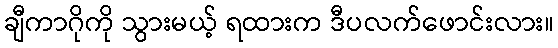
ချီကာဂိုကို သွားမယ့် ရထားက ဒီပလက်ဖောင်းလား။